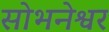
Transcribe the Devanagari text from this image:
सोभनेश्वर